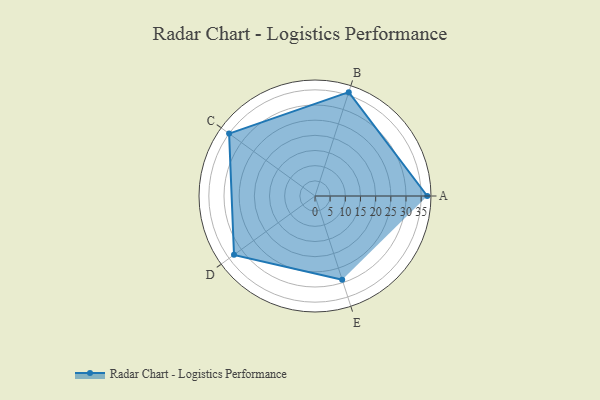
{"axis": {"x": "Skill", "y": "Score"}, "legend": ["Profile"], "data": [{"x": "A", "y": 37.0, "type": "Profile"}, {"x": "B", "y": 36.0, "type": "Profile"}, {"x": "C", "y": 35.0, "type": "Profile"}, {"x": "D", "y": 33.0, "type": "Profile"}, {"x": "E", "y": 29.0, "type": "Profile"}]}